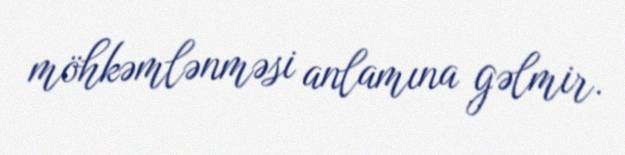
möhkəmlənməsi anlamına gəlmir.